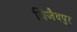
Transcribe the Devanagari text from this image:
विजैदपुर